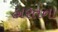
હારતના